Problem: 24 + 41 = ?
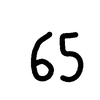
Handwritten answer: 65